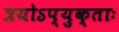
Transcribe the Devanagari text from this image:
त्रयोऽप्युक्ताः